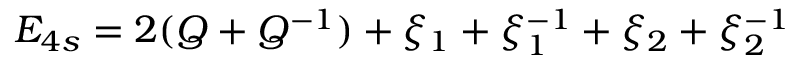
E _ { 4 s } = 2 ( Q + Q ^ { - 1 } ) + \xi _ { 1 } + \xi _ { 1 } ^ { - 1 } + \xi _ { 2 } + \xi _ { 2 } ^ { - 1 }